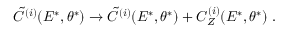
\tilde { C } ^ { ( i ) } ( E ^ { * } , \theta ^ { * } ) \rightarrow \tilde { C } ^ { ( i ) } ( E ^ { * } , \theta ^ { * } ) + C _ { Z } ^ { ( i ) } ( E ^ { * } , \theta ^ { * } ) \ .